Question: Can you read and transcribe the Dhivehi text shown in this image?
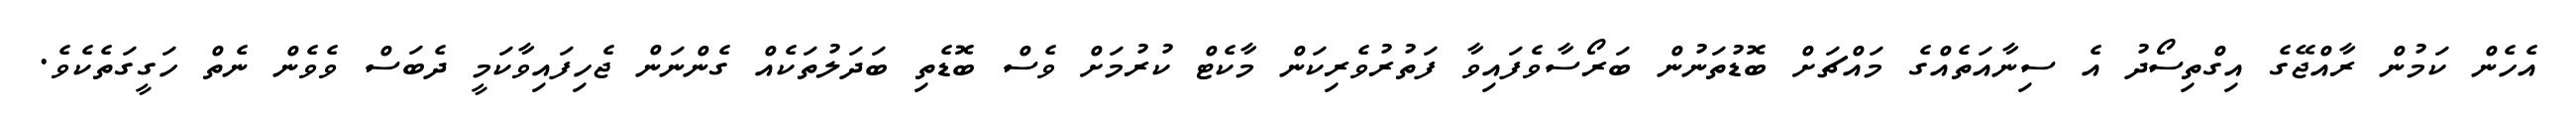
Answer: އެހެން ކަމުން ރާއްޖޭގެ އިގްތިސޯދު އެ ސިނާއަތެއްގެ މައްޗަށް ބޮޑުތަނުން ބަރޯސާވެފައިވާ ފަތުރުވެރިކަން މާކެޓް ކުރުމަށް ވެސް ބޮޑެތި ބަދަލުތަކެއް ގެންނަން ޖެހިފައިވާކަމީ ދެބަސް ވެވެން ނެތް ހަގީގަތެކެވެ.